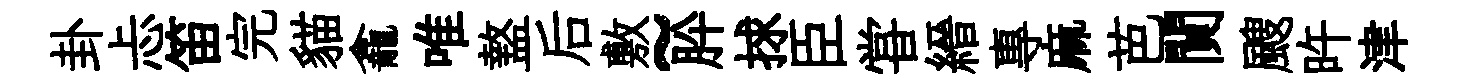
卦忐笛完貓龕唯盩后敷~肸捄臣甞縉專麻芭閴颼旿津